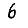
Digit: 6